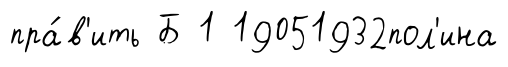
пра́в'ить Б 1 19051932пол'ина